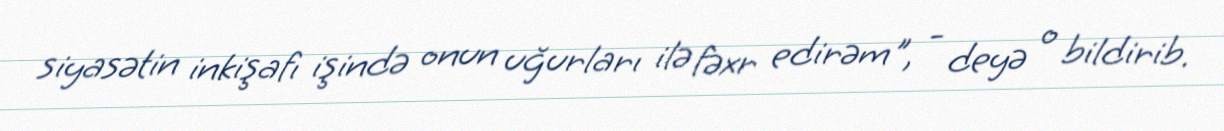
siyasətin inkişafı işində onun uğurları ilə fəxr edirəm", - deyə o bildirib.